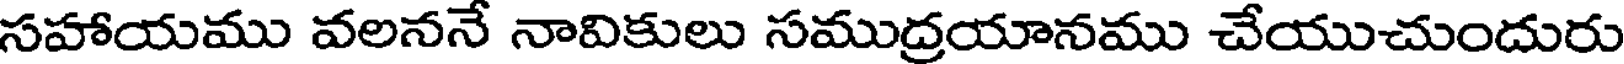
సహాయము వలననే నావికులు సముద్రయానము చేయుచుందురు